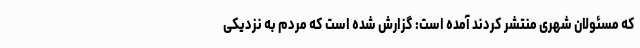
که مسئولان شهری منتشر کردند آمده است: گزارش شده است که مردم به نزدیکی